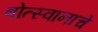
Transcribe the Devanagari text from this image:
बोत्स्वानाचे